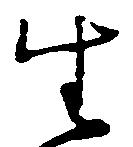
生